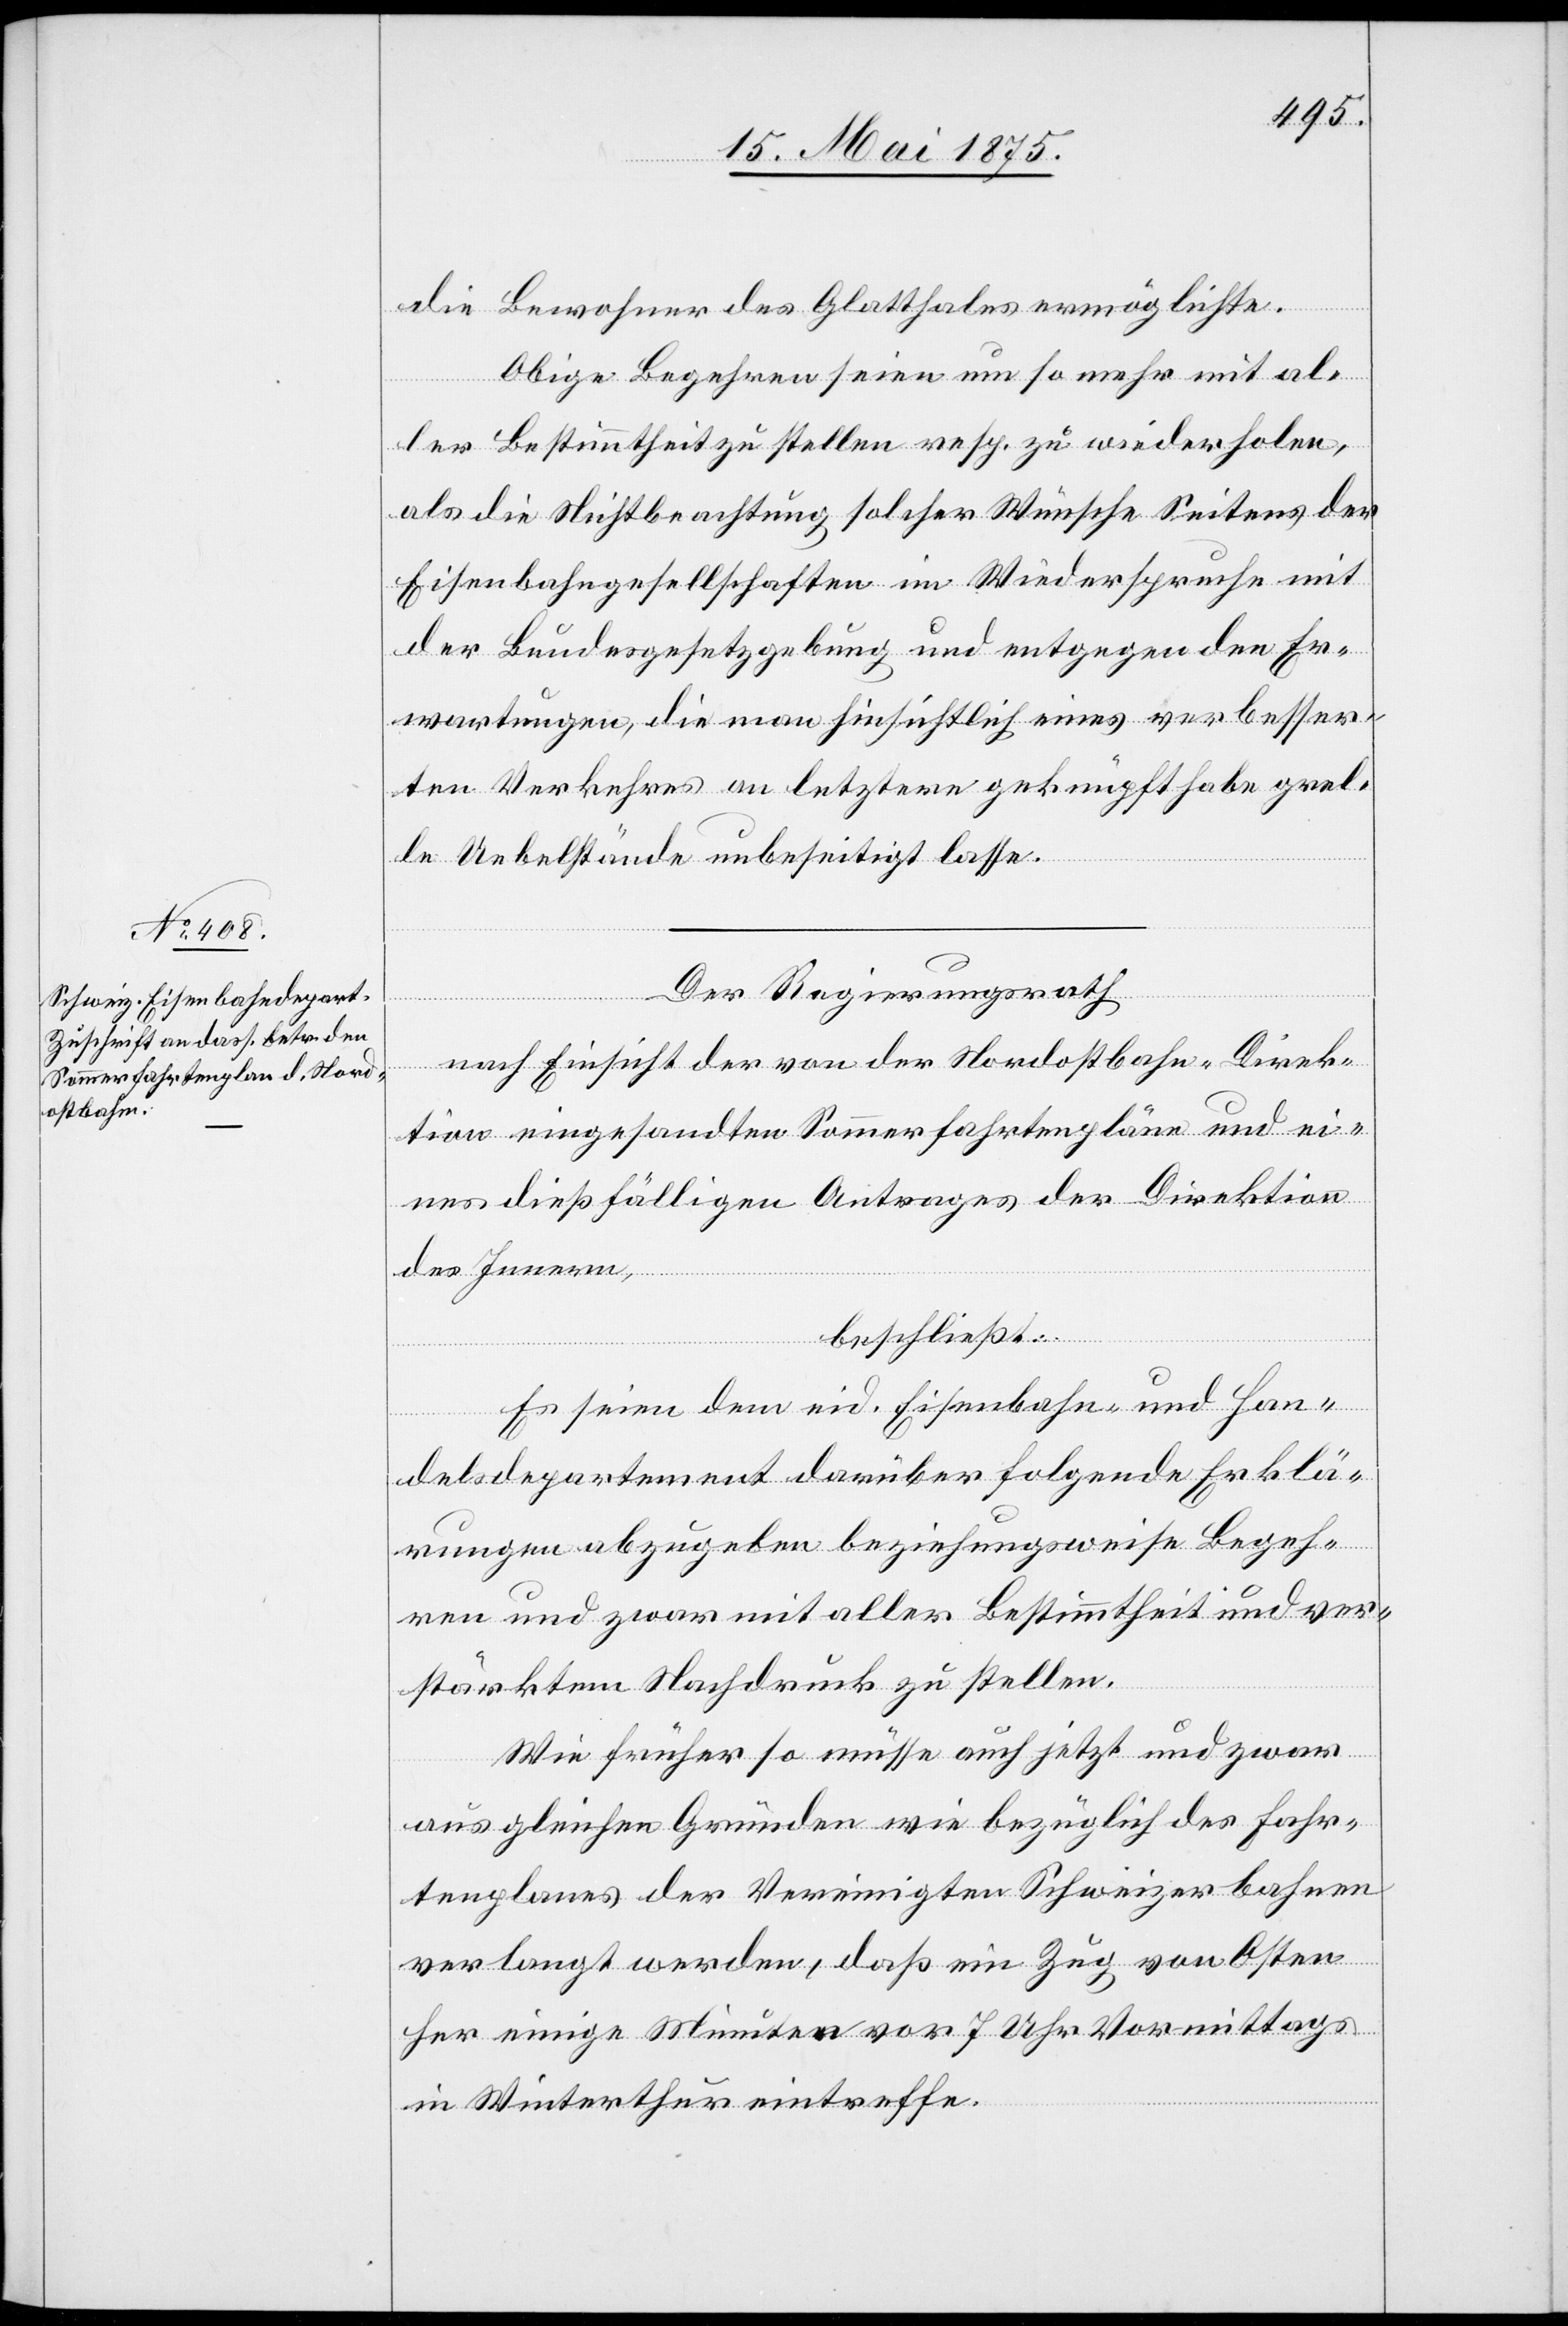
dostbah¬

die Bewohner des Glattfeldes ermöglichte.
Obige Begehren seien um so mehr mit al¬
ler Bestimmtheit zu stellen resp. zu wiederholen,
als die Nichtbeachtung solcher Wünsche Seitens der
Eisenbahngesellschaften im Wiederspruche mit
der Bundesgesetzgebung und entgegen den Er¬
wartungen die man hinsichtlich eines verbesser¬
ten Verkehrs an letztere geknüpft habe pral¬
Nor¬
le Uebelstände unbeseitigt lasse.
Der Regierungsrath,
tion eingesandten Sommerfahrtenpläne und ei¬
nes dießfälligen Antrages der Direktion
des Innern,
n-Direk¬
beschließt:
Es seien dem eid.Eisenbahn- und Han¬
delsdepartement darüber folgende Erklä¬
rungen abzugeben beziehungsweise Begeh¬
ren und zwar mit aller Bestimmtheit und ver¬
stärktem Nachdruck zu stellen.
Wie früher so müsse auch jetzt und zwar
aus gleichen Gründen wie bezüglich des Fahr¬
tenplanes der Vereinigten Schweizerbahnen
verlangt werden, daß ein Zug von Osten
her einige Minuten vor 7 Uhr Vormittags
in Winterthur eintreffe.